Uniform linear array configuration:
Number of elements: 16
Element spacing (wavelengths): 1
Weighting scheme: hamming
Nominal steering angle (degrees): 45
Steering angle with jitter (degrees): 45.546
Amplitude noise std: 0.05
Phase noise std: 0.05

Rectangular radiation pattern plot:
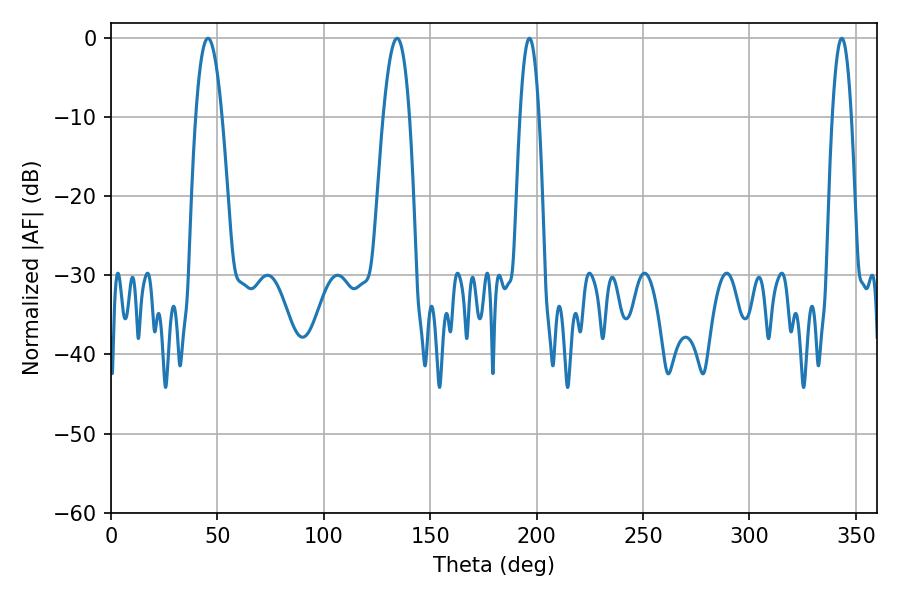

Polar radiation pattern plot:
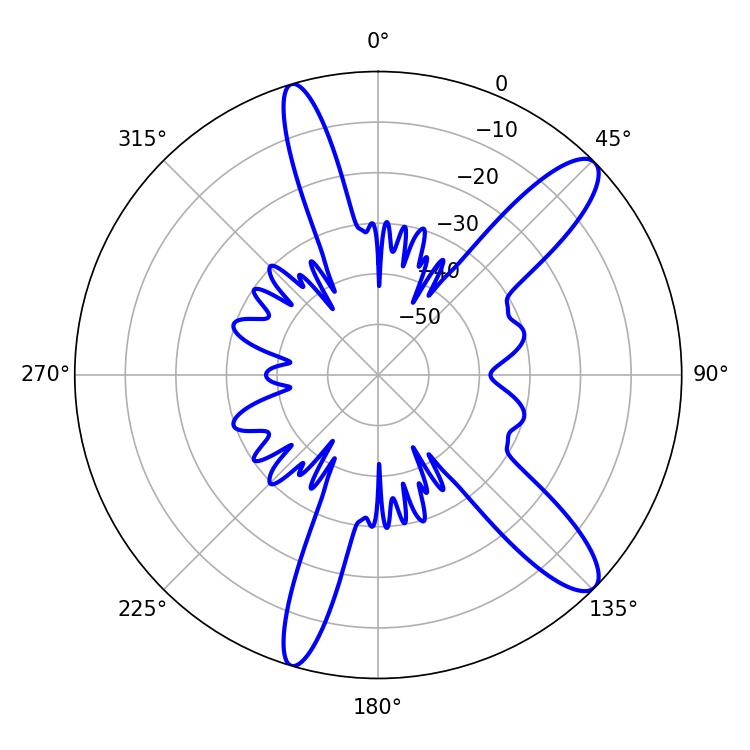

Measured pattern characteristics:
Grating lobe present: TRUE
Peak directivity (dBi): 11.86
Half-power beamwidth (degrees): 6.84
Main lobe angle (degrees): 45.54